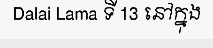
Dalai Lama ទី 13 នៅក្នុង